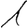
Digit: 1